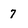
Character: 7